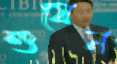
শুষেন